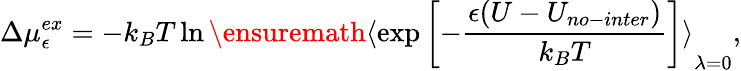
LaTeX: \Delta\mu_{\epsilon}^{ex}=-k_{B}T\ln\ensuremath{\langle{\exp\left[-\frac{\epsilon(U-U_{no-inter})}{k_{B}T}\right]}\rangle}_{\lambda=0},